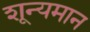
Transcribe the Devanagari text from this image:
शून्यमान